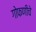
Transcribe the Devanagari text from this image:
गोफणीचे